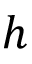
h